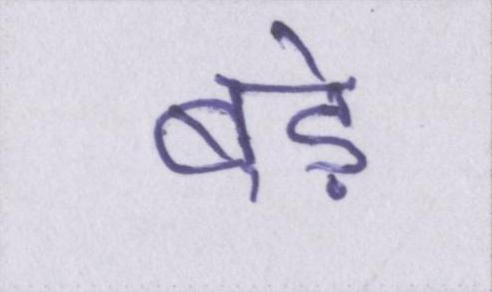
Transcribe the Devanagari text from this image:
बडे़